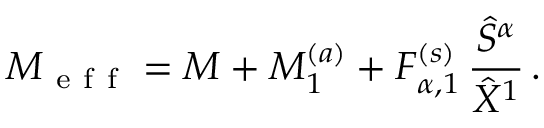
M _ { \mathrm { ~ e ~ f ~ f ~ } } = M + M _ { 1 } ^ { ( a ) } + F _ { \alpha , 1 } ^ { ( s ) } \, \frac { \hat { S } ^ { \alpha } } { \hat { X } ^ { 1 } } \, .